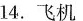
14.飞机